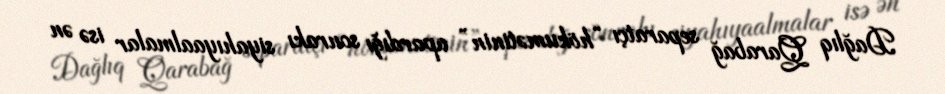
Dağlıq Qarabağ separatçı “hökumətinin” apardığı sonrakı siyahıyaalmalar isə ən